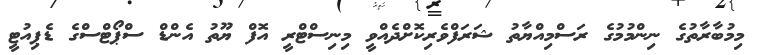
މިމުބާރާތުގެ ނިންމުމުގެ ރަސްމިއްޔާތު ޝަރަފްވެރިކޮށްދެއްވީ މިނިސްޓްރީ އޮފް ޔޫތު އެންޑް ސްޕޯޓްސްގެ ޑެޕިއުޓީ